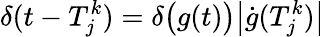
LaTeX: \delta(t-T_{j}^{k})=\delta\big(g(t)\big)\big|\dot{g}(T_{j}^{k})\big|